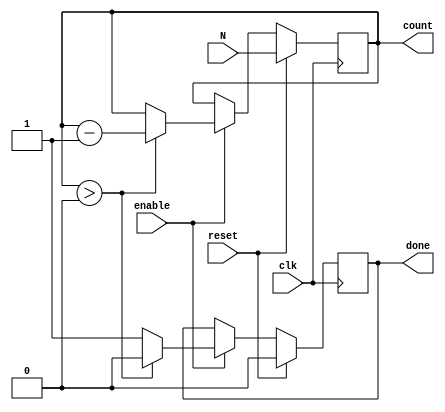
module down_counter (
    input wire clk,          // Clock signal
    input wire reset,        // Synchronous reset signal
    input wire enable,       // Enable signal for counting
    input wire [7:0] N,      // Initial value for the counter (8-bit width)
    output reg [7:0] count,   // Current count value (8-bit width)
    output reg done          // Done signal indicating count has reached zero
);

// Internal register to hold the initial count value
reg [7:0] initial_value;

// Asynchronous reset and counting behavior
always @(posedge clk) begin
    if (reset) begin
        // Load the initial value (N) into count
        count <= N;
        initial_value <= N; // Store the initial value
        done <= 0;          // Reset done signal
    end else if (enable) begin
        if (count > 0) begin
            // Decrement the count if it's greater than zero
            count <= count - 1;
            done <= 0;      // Not done until count reaches zero
        end else begin
            // If count is zero, assert done signal
            done <= 1;
        end
    end
end

endmodule